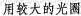
用较大的光圈